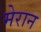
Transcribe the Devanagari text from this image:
मेरान